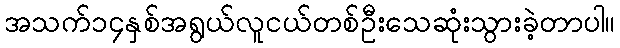
အသက်၁၄နှစ်အရွယ်လူငယ်တစ်ဦးသေဆုံးသွားခဲ့တာပါ။